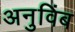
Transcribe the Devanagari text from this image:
अनुविंब